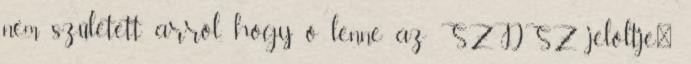
nem született arról, hogy ő lenne az SZDSZ jelöltje"